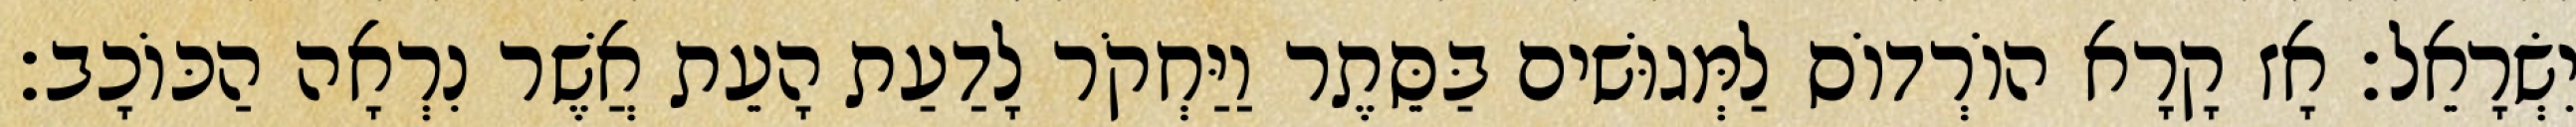
יִשְׂרָאֵל׃ אָז קָרָא הוֹרְדוֹס לַמְּגוּשׁים בַּסֵּתֶר וַיַּחְקֹר לָדַעַת הָעֵת אֲשֶׁר נִרְאָה הַכּוֹכָב׃